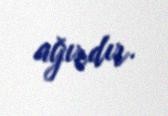
ağırdır.